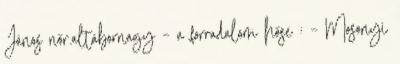
János nőr.altábornagy – a forradalom hőse : – Mosonyi